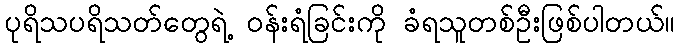
ပုရိသပရိသတ်တွေရဲ့ ဝန်းရံခြင်းကို ခံရသူတစ်ဦးဖြစ်ပါတယ်။